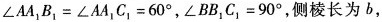
$$\angle AA_{1}B_{1}=\angle AA_{1}C_{1}=60^{\circ}$$，$$\angle BB_{1}C_{1}=90^{\circ}$$，侧棱长为b，